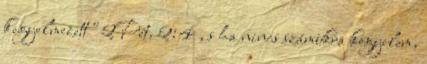
kegyelmezett" 2Pét. 2:4 , s ha nincs számukra kegyelem,